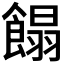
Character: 𩝣